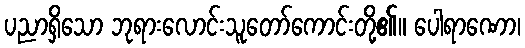
ပညာရှိသော ဘုရားလောင်းသူတော်ကောင်းတို့၏။ ပေါရာဏော၊